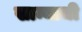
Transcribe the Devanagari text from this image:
खान्याची